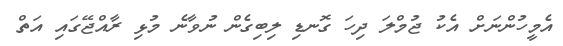
އެމީހުންނަށް އެކު ޖުމްލަ ދިހަ ގޮނޑި ލިބިގެން ނުވާނެ މުޅި ރާއްޖޭގައި އަތް